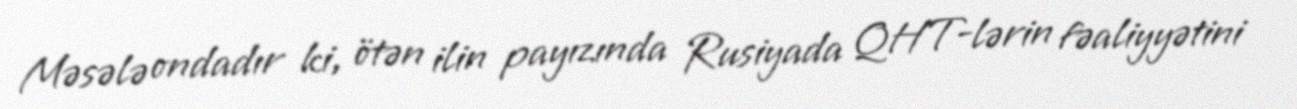
Məsələ ondadır ki, ötən ilin payızında Rusiyada QHT-lərin fəaliyyətini